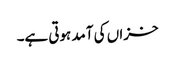
خزاں کی آمد ہوتی ہے۔